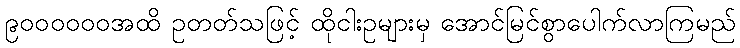
၉၀၀၀၀၀၀အထိ ဥတတ်သဖြင့် ထိုငါးဥများမှ အောင်မြင်စွာပေါက်လာကြမည်